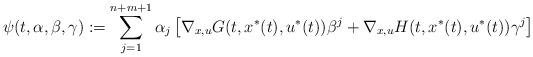
LaTeX: \begin{align*}\psi(t, \alpha,\beta,\gamma):=\sum_{j=1}^{n+m+1}\alpha_j \left[ \nabla_{x,u}G(t,x^*(t),u^*(t))\beta^j+ \nabla_{x,u}H(t,x^*(t),u^*(t))\gamma^j\right]\end{align*}